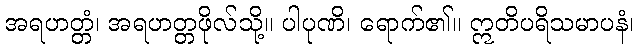
အရဟတ္တံ၊ အရဟတ္တဖိုလ်သို့။ ပါပုဏိ၊ ရောက်၏။ ဣတိပရိသမာပနံ၊